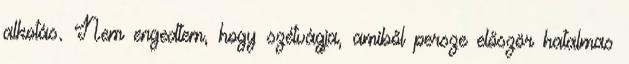
alkotás. Nem engedtem, hogy szétvágja, amiből persze először hatalmas